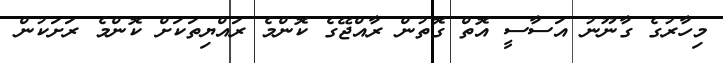
މިހާރުގެ ގާނޫނު އަސާސީ އޮތް ގޮތުން ރާއްޖޭގެ ކޮންމެ ރައްޔިތަކަށް ކޮންމެ ރަށަކުން